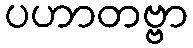
ပဟာတဗ္ဗာ